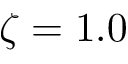
\zeta = 1 . 0